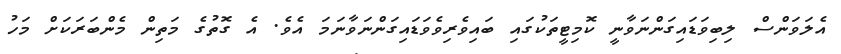
އެލަވަންސް ލިބިވަޑައިގަންނަވާނީ ކޮމިޓީތަކުގައި ބައިވެރިވެވަޑައިގަންނަވާނަމަ އެވެ. އެ ގޮތުގެ މަތިން މެންބަރަކަށް މަހު